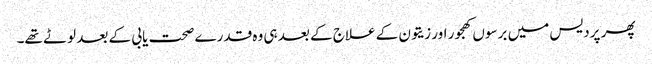
پھر پردیس میں برسوں کھجور اور زیتون کے علاج کے بعد ہی وہ قدرے صحت یابی کے بعد لوٹے تھے۔